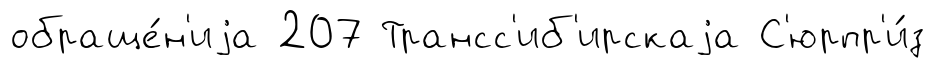
обраще́н'иjа 207 Трансс'иб'ирскаjа С'юрпр'и́з